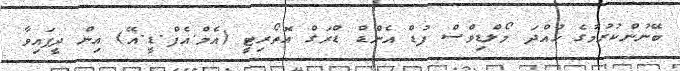
ބޭނުންކުރުމުގެ ހުއްދަ މޯލްޑިވްސް ފުޑް އެންޑް ޑްރަގް އޮތޯރިޓީ (އެމް.އެފް.ޑީ.އޭ) އިން ދީފައިވާ